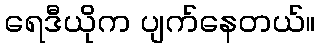
ရေဒီယိုက ပျက်နေတယ်။